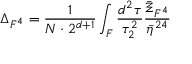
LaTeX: \Delta _ { F ^ { 4 } } = \frac { 1 } { { \cal { N } } \cdot 2 ^ { d + 1 } } \int _ { { \cal F } } \frac { d ^ { 2 } \tau } { \tau _ { 2 } ^ { 2 } } \frac { \bar { \Xi } _ { F ^ { 4 } } } { \bar { \eta } ^ { 2 4 } }